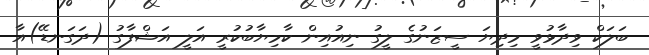
ބަލަކް ވިދާޅުވީ މިދިޔަ ސީޒަނުގެ ލީގު ނިއުއިން ކާމިޔާބުކުރީ އަލީ އަޝްފާގު (ދަގަނޑޭ)އާ